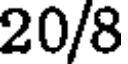
20/8